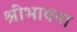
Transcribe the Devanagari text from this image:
श्रीभावना